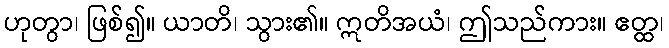
ဟုတွာ၊ ဖြစ်၍။ ယာတိ၊ သွား၏။ ဣတိအယံ၊ ဤသည်ကား။ ဧတ္ထ၊